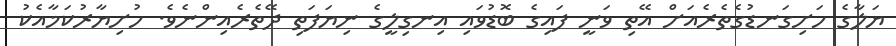
ޔަލާގެ ހަށިގަނޑުގެތެރެއަށް އޭތި ވަނީ ފައިގެ ބޮޑުވައި އިނގިލީގެ ނިޔަފަތި ދޭތެރެއިންނެވެ. ހުށިޔާރުކަމާއެކު